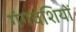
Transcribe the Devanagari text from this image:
गंगवंशियों